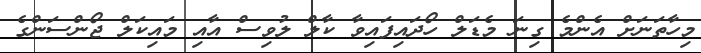
މިހާތަނަށް އެންމެ ގިނަ މެޑަލް ހޯދައިފައިވާ ކާލް ލުވިސް އާއި މައިކަލް ޖޯންސަންގެ